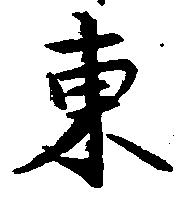
東